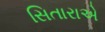
સિતારાએ